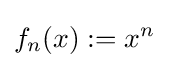
f_{n}(x):=x^{n}